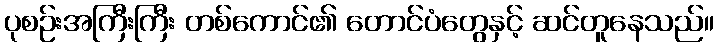
ပုစဉ်းအကြီးကြီး တစ်ကောင်၏ တောင်ပံတွေနှင့် ဆင်တူနေသည်။